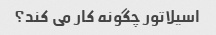
اسیلاتور چگونه کار می کند؟